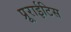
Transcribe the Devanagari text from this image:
प्रूराईटिस